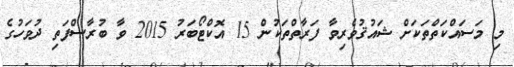
މި މަސައްކަތްތަކަށް ޝައުޤުވެރިވާ ފަރާތްތަކުން 15 އޮކްޓޯބަރު 2015 ވާ ބުރާސްފަތި ދުވަހުގެ